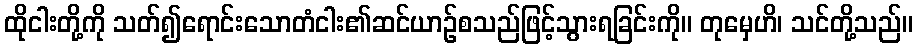
ထိုငါးတို့ကို သတ်၍ရောင်းသောတံငါး၏ဆင်ယာဉ်စသည်ဖြင့်သွားရခြင်းကို။ တုမှေဟိ၊ သင်တို့သည်။